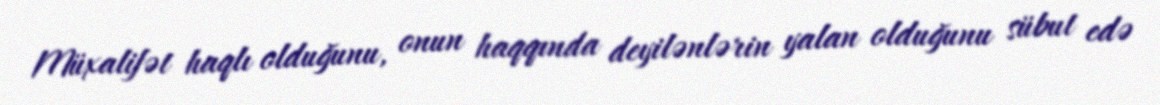
Müxalifət haqlı olduğunu, onun haqqında deyilənlərin yalan olduğunu sübut edə